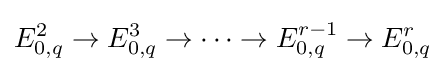
E_{0,q}^{2}\to E_{0,q}^{3}\to \dots \to E_{0,q}^{r-1}\to E_{0,q}^{r}